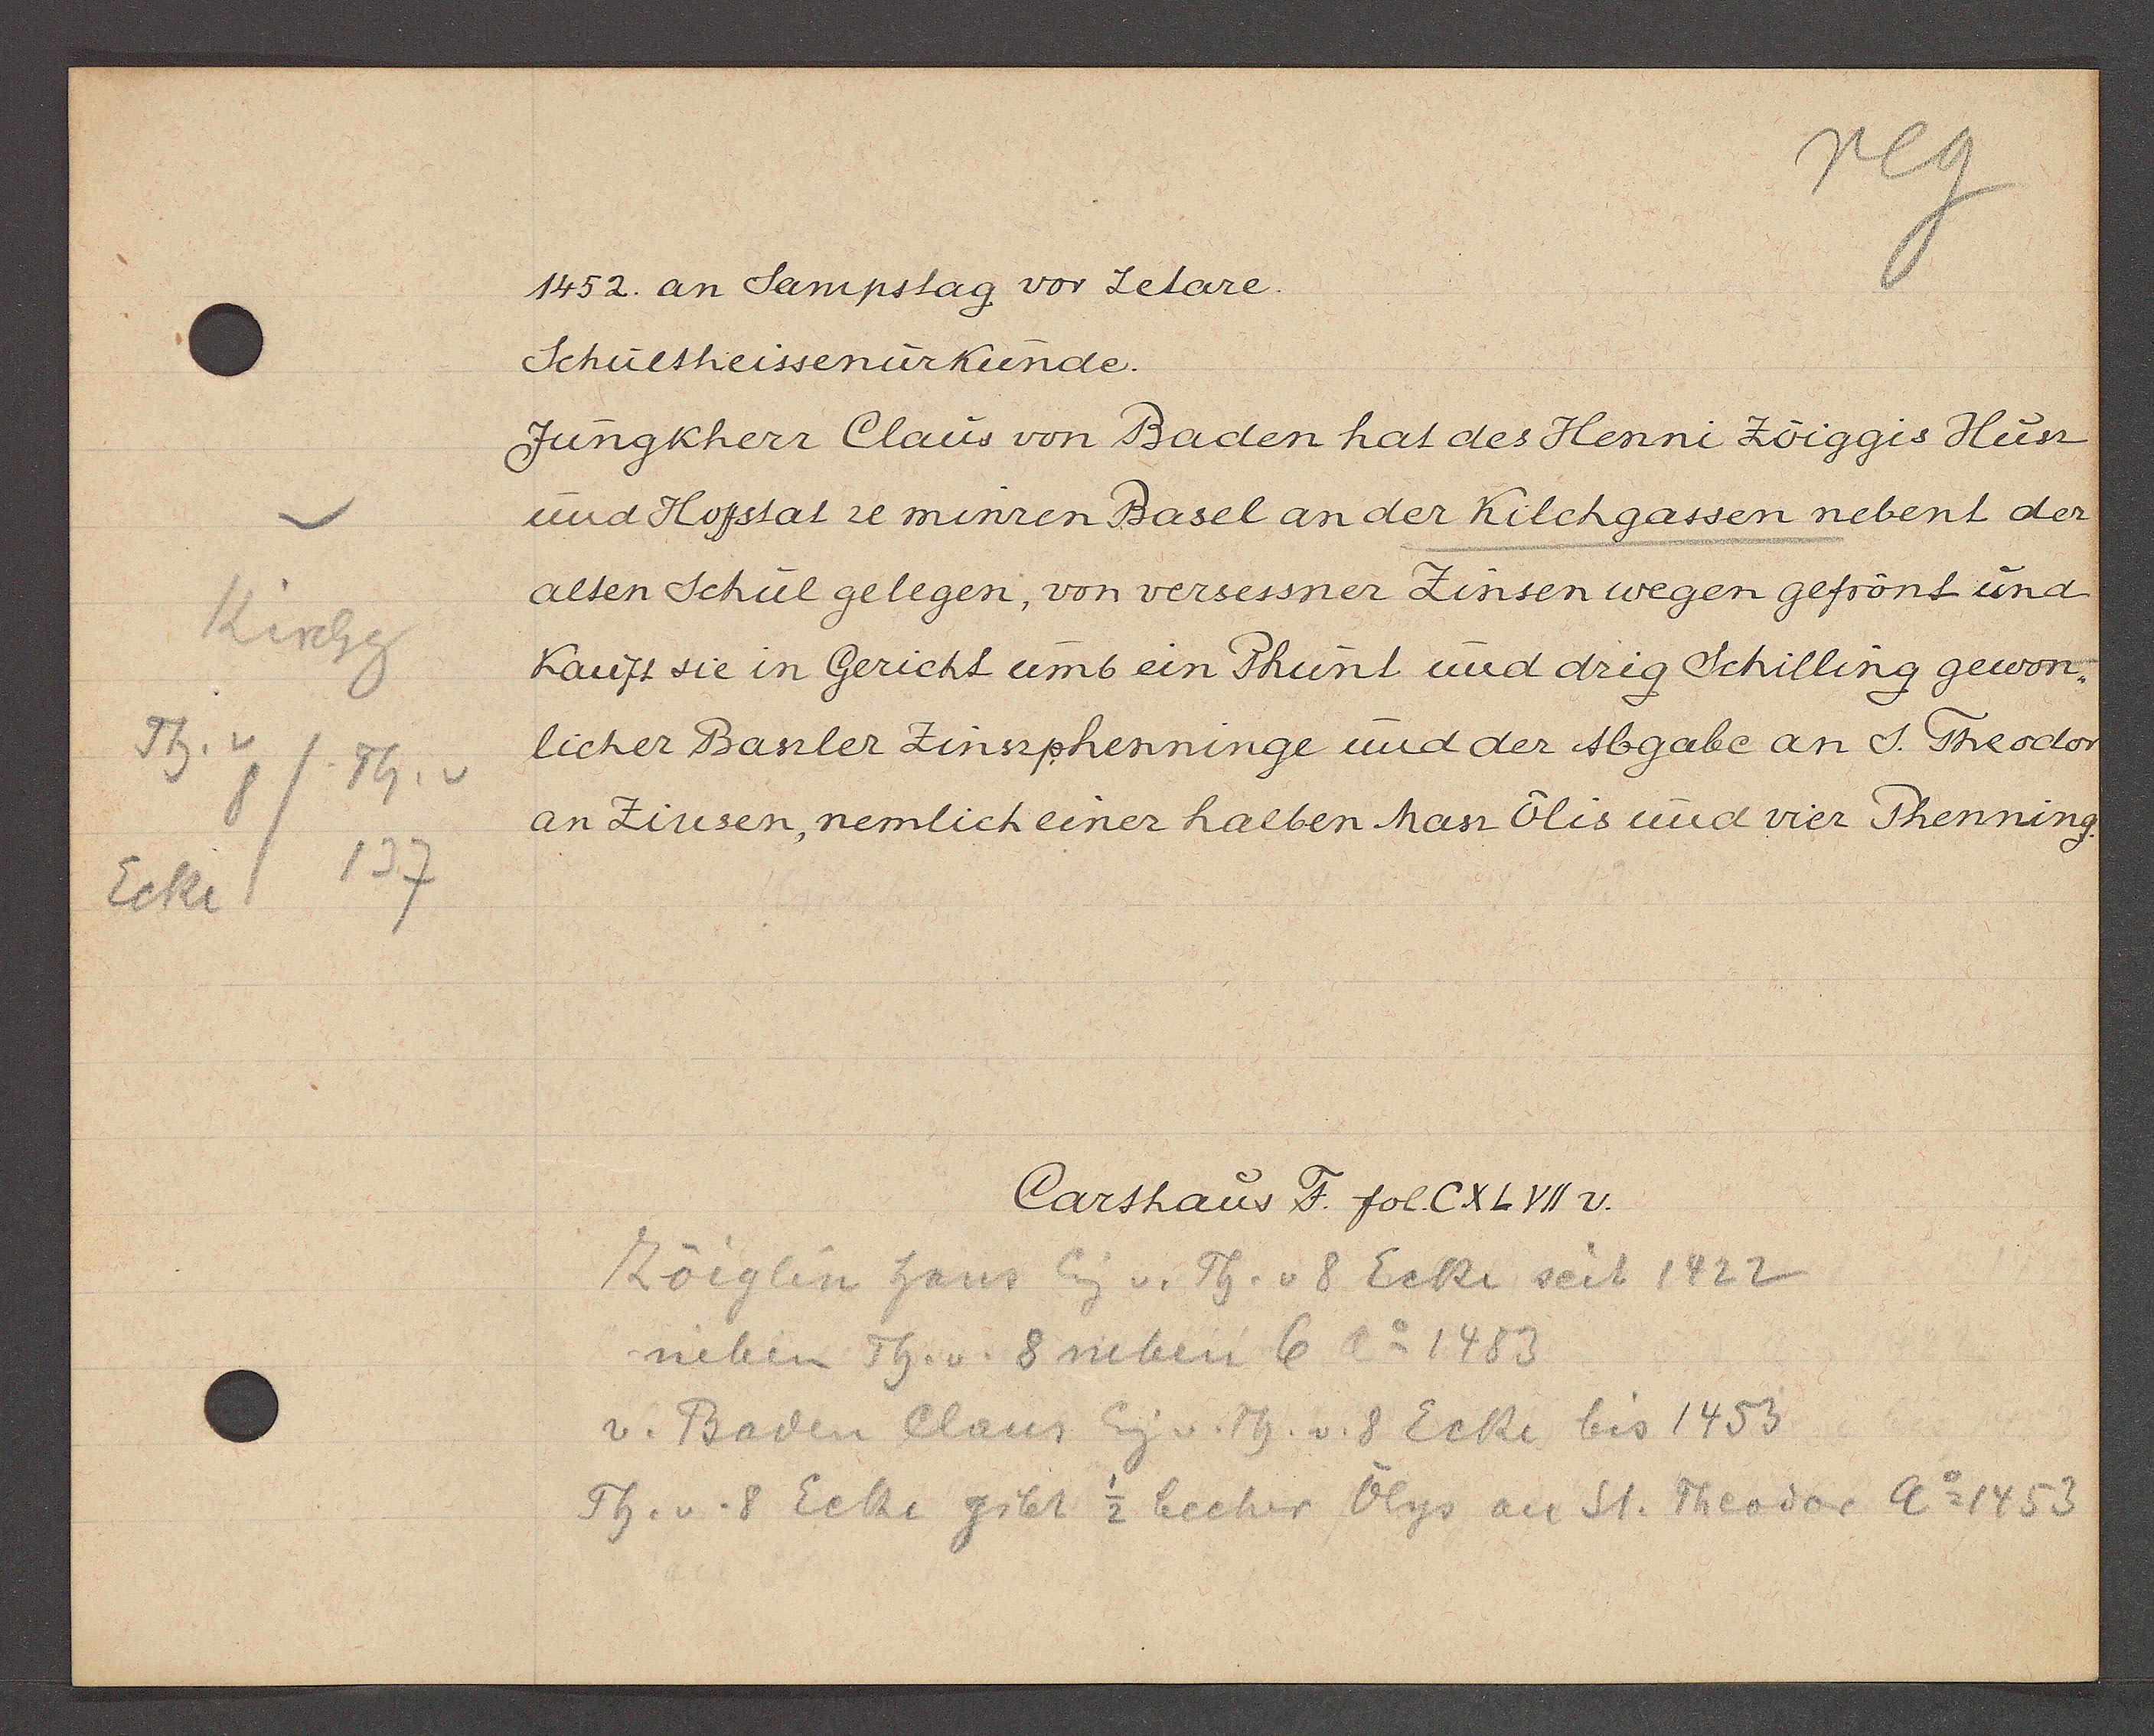
Transcript:
Kirchg
Th. v
/Th. v
8
137
Ecke

1452. an Sampstag vor Letare.

Schultheissenurkunde.
Jungkherr Claus von Baden hat des Henni Zöiggis Husz
und Hoffstat ze minren Basel an der Kilchgassen nebent der
alten Schul gelegen, von versessner Zinsen wegen gefrönt und
Kauft sie in Gericht umb ein Phunt und drig Schilling gewon¬
licher Baszler Zinsphenninge und der Abgabe anS. Theodor
an Zinsen, nemlich einer halben hasz Ölis und vier Phenning.

Carthaus F. fol. CXLVII v.

Zöiglin haus Eig v. Th. v 8 Ecke seit 1422
neben Th. v. 8 neben 6 Ao 1483
v. Baden Claus Eig v. Th. v. 8 Ecke bis 1453
Th. v. 8 Ecke gibt 1/2 becher Ölys an St. Theodor Ao 1453